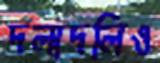
দলাদলিও